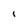
Character: i